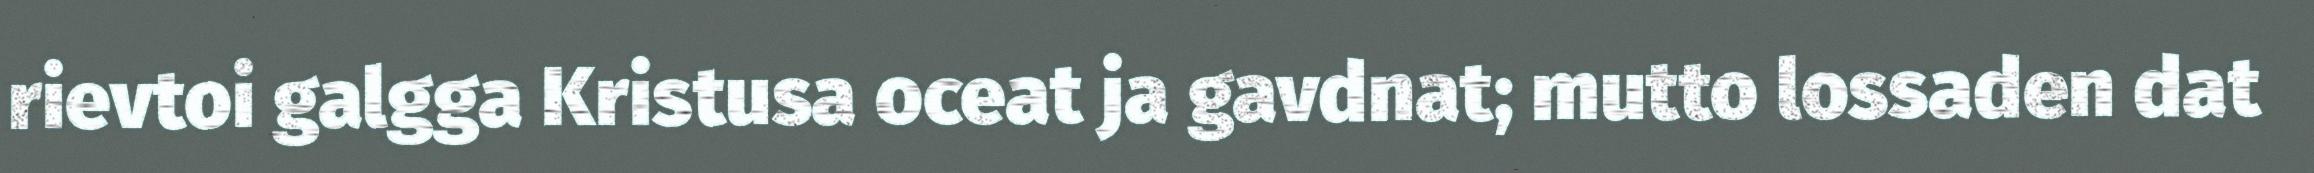
rievtoi galgga Kristusa oceat ja gavdnat; mutto lossaden dat